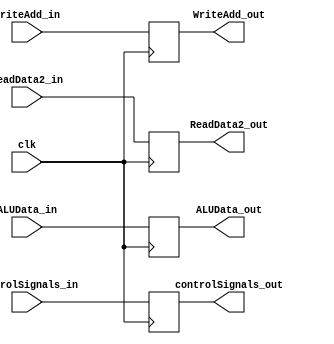
module EM_Buffer (controlSignals_in,ALUData_in,ReadData2_in,WriteAdd_in,clk,controlSignals_out,ALUData_out,ReadData2_out,WriteAdd_out);
  input[7:0] controlSignals_in;
  input [15:0] ALUData_in,ReadData2_in;
  input [2:0] WriteAdd_in;
  input clk;

  output reg [7:0] controlSignals_out;
  output reg [15:0] ALUData_out,ReadData2_out;
  output reg [2:0] WriteAdd_out;

  always @(posedge clk)begin
    controlSignals_out = controlSignals_in;
    ALUData_out = ALUData_in;
    ReadData2_out = ReadData2_in;
    WriteAdd_out = WriteAdd_in;
    end
endmodule